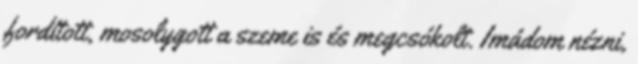
fordított, mosolygott a szeme is és megcsókolt. Imádom nézni,